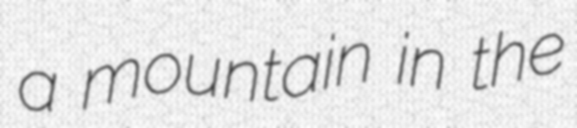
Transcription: a mountain in the